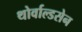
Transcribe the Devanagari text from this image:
थोर्वाल्डसेन